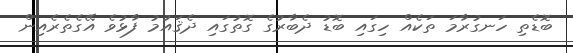
ބޮޑެތި ހަނގުރާމަ ތަކެއް ހިގައި ބޮޑު ދެބާރުގެ ގޮތުގައި ދެޤައުމު ފާޅުވެ އޭގެތެރެއިން